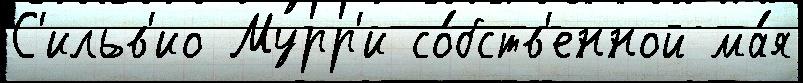
С'ильв'ио Мурр'и со́бств'енной ма́я